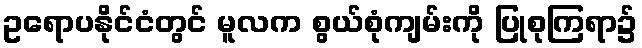
ဥရောပနိုင်ငံတွင် မူလက စွယ်စုံကျမ်းကို ပြုစုကြရာ၌